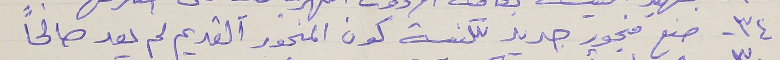
٣٤ - صنع منجور جديد للكنيسة كون المنجور القديم لم يعد صالحاً